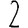
Digit: 2